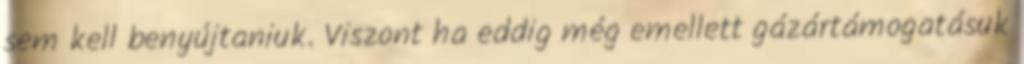
sem kell benyújtaniuk. Viszont ha eddig még emellett gázártámogatásuk